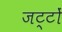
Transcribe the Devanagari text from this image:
जट्टों